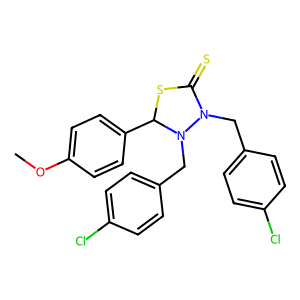
SMILES: COc1ccc(C2SC(=S)N(Cc3ccc(Cl)cc3)N2Cc2ccc(Cl)cc2)cc1
Inhibits HIV replication: No